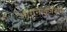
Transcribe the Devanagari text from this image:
ऑगनाइज़ेशन